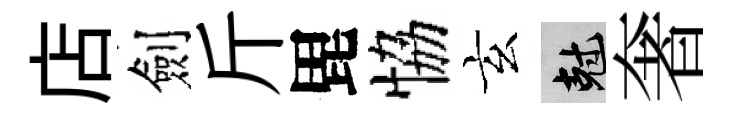
店劍斤毘恊玄剋奢